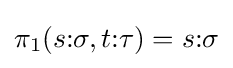
\pi _{1}(s{\mathbin {:}}\sigma ,t{\mathbin {:}}\tau )=s{\mathbin {:}}\sigma